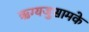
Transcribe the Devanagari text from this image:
ऋग्यजुसामके